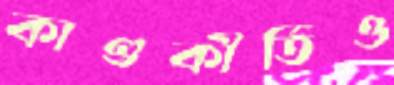
কাণ্ডকীর্তিও